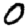
Digit: 0